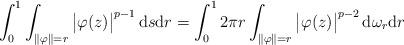
LaTeX: \begin{align*}\int_0^1\int_{\|\varphi\|=r}\begin{vmatrix} \varphi(z) \end{vmatrix}^{p-1}\mathrm{d}s\mathrm{d}r=\int_0^1 2\pi r\int_{\|\varphi\|=r}\begin{vmatrix} \varphi(z) \end{vmatrix}^{p-2}\mathrm{d}\omega_r\mathrm{d}r\end{align*}